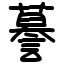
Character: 謩